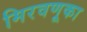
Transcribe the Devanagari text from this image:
मिरवणूका